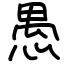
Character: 愚